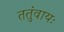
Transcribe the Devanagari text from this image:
ततुंवायः